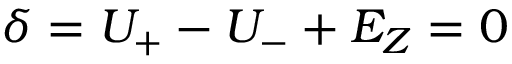
\delta = U _ { + } - U _ { - } + E _ { Z } = 0